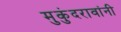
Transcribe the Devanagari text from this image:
मुकुंदरावांनी